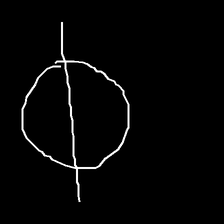
Glyph: orb